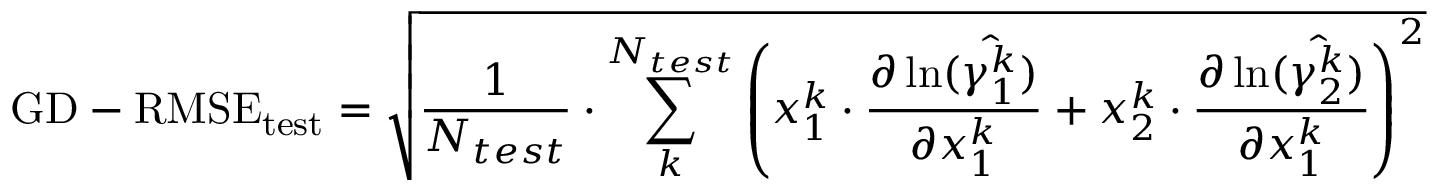
\mathrm { G D - R M S E } _ { \mathrm { t e s t } } = \sqrt { \frac { 1 } { N _ { t e s t } } \cdot \sum _ { k } ^ { N _ { t e s t } } { \left( x _ { 1 } ^ { k } \cdot \frac { \partial \ln ( \hat { \gamma _ { 1 } ^ { k } } ) } { \partial x _ { 1 } ^ { k } } + x _ { 2 } ^ { k } \cdot \frac { \partial \ln ( \hat { \gamma _ { 2 } ^ { k } } ) } { \partial x _ { 1 } ^ { k } } \right) ^ { 2 } } }